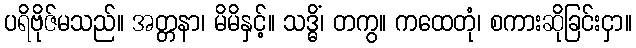
ပရိဗိုဇ်မသည်။ အတ္တနာ၊ မိမိနှင့်။ သဒ္ဓိံ၊ တကွ။ ကထေတုံ၊ စကားဆိုခြင်းငှာ။